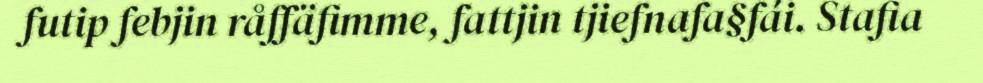
futip febjin råffäfimme, fattjin tjiefnafa§fái. Stafia